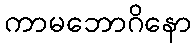
ကာမဘောဂိနော